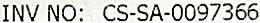
INV NO: CS-SA-0097366